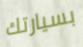
بسيارتك